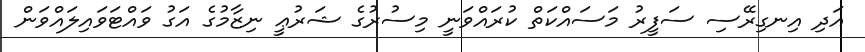
އަދި އިނގިރޭސި ސަފީރު މަސައްކަތް ކުރައްވަނީ މިސުރުގެ ޝަރުޢީ ނިޒާމުގެ އަގު ވައްޓަވައިލައްވަން